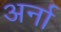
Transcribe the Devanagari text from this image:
अर्ना